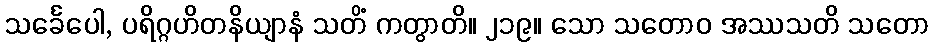
သင်္ခေပေါ, ပရိဂ္ဂဟိတနိယျာနံ သတိံ ကတွာတိ။ ၂၁၉။ သော သတောဝ အဿသတိ သတော